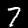
Label: 7